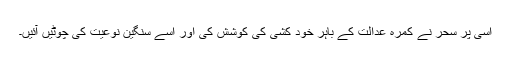
اسی پر سحر نے کمرہ عدالت کے باہر خود کشی کی کوشش کی اور اسے سنگين نوعيت کی چوٹيں آئيں۔